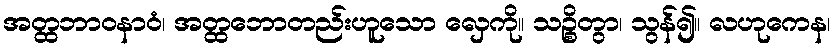
အတ္ထဘာဝနာဝံ၊ အတ္ထဘောတည်းဟူသော လှေကို။ သဉ္စိတွာ၊ သွန်၍။ လဟုကေန၊